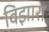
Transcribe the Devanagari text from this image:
विझारा